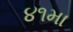
૪૧મા